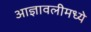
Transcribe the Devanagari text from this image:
आज्ञावलीमध्ये